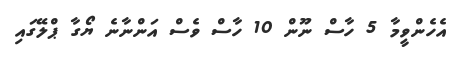
އެހެންވީމާ 5 ހާސް ނޫން 10 ހާސް ވެސް އަންނާނެ ޔޯގާ ޕްލޭގައި